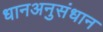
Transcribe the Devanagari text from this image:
धानअनुसंधान